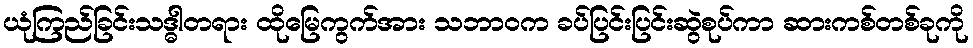
ယုံကြည်ခြင်းသဒ္ဓါတရား ထိုမြေကွက်အား သဘာဝက ခပ်ပြင်းပြင်းဆွဲစုပ်ကာ ဆားကစ်တစ်ခုကို